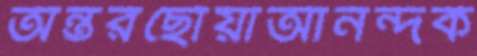
অন্তরছোঁয়াআনন্দক